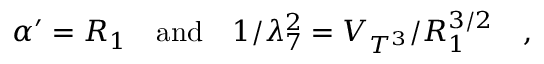
\alpha ^ { \prime } = R _ { 1 } \quad \mathrm { a n d } \quad 1 / \lambda _ { 7 } ^ { 2 } = V _ { T ^ { 3 } } / R _ { 1 } ^ { 3 / 2 } \quad ,